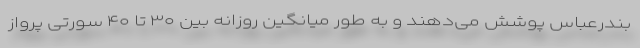
بندرعباس پوشش می‌دهند و به طور میانگین روزانه بین ۳۰ تا ۴۰ سورتی پرواز